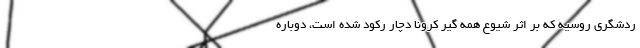
ردشگری روسیه که بر اثر شیوع همه گیر کرونا دچار رکود شده است، دوباره